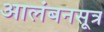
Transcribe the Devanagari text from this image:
आलंबनसूत्र